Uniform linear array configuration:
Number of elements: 8
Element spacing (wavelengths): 0.5
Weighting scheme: hamming
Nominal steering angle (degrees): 45
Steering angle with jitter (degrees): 43.94
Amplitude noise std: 0.05
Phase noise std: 0.05

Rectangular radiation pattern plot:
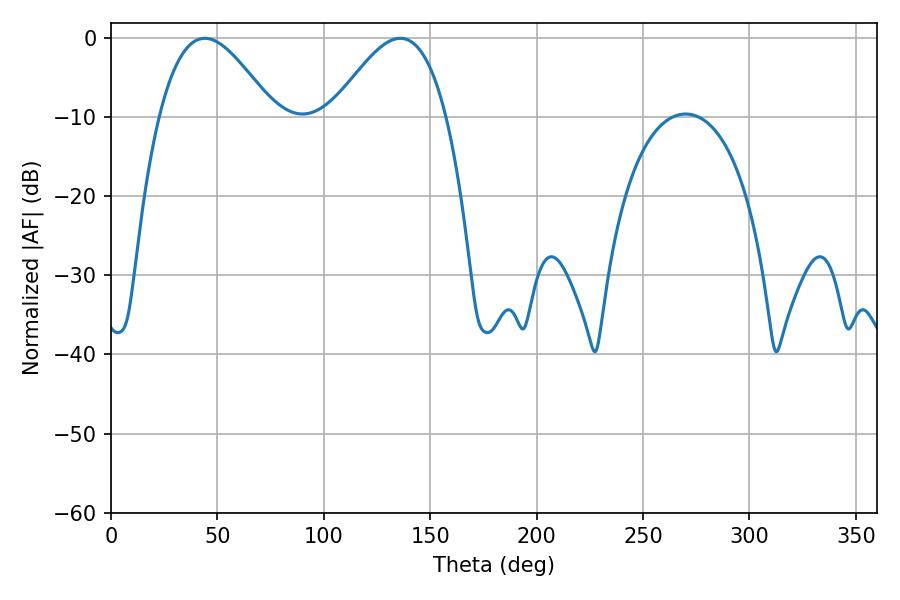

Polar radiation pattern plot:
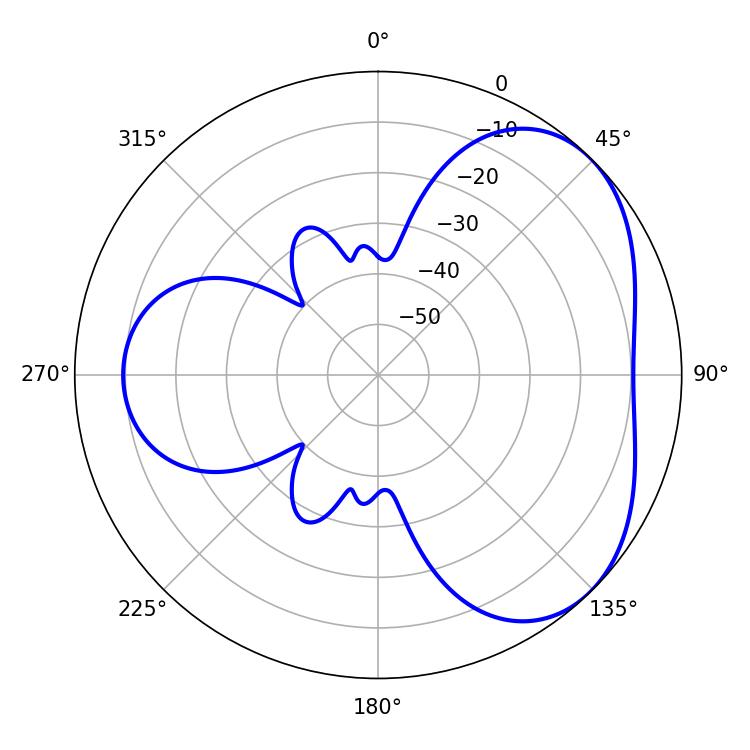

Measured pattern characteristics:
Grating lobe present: FALSE
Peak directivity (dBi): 4.143
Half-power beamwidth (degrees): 28.8
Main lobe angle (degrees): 44.1